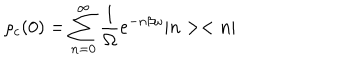
\rho _ { c } ( 0 ) = \sum _ { n = 0 } ^ { \infty } \frac { 1 } { \Omega } e ^ { - n \beta \omega } | n > < n |